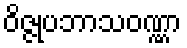
ဝိဇ္ဇုပဘာသဝဏ္ဏာ